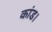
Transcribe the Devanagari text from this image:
कांड।